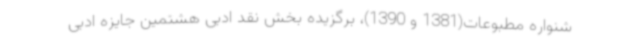
شنواره مطبوعات(1381 و 1390)، برگزیده بخش نقد ادبی هشتمین جایزه ادبی